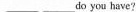
___ ___ do you have?